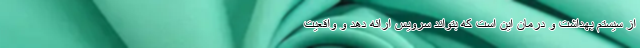
از سیستم بهداشت و درمان این است که بتواند سرویس ارائه دهد و واقعیت